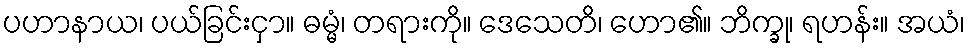
ပဟာနာယ၊ ပယ်ခြင်းငှာ။ ဓမ္မံ၊ တရားကို။ ဒေသေတိ၊ ဟော၏။ ဘိက္ခု၊ ရဟန်း။ အယံ၊